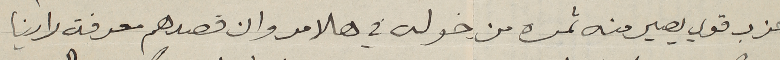
حزب قوي يصير منه ثمره من خوله في هالامر وان قصدهم معرفة راينا